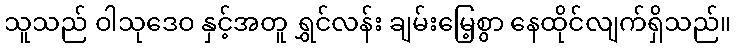
သူသည် ဝါသုဒေဝ နှင့်အတူ ရွှင်လန်း ချမ်းမြေ့စွာ နေထိုင်လျက်ရှိသည်။